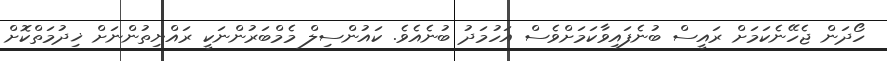
ހޯދަން ޖެހޭނެކަމަށް ރައީސް ބުނެފައިވާކަމަށްވެސް އަހުމަދު ބުނެއެވެ. ކައުންސިލް މެމްބަރުންނަކީ ރައްޔިތުންނަށް ޚިދުމަތްކޮށް